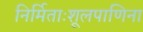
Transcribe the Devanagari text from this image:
निर्मिताःशूलपाणिना